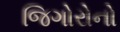
જિગોરોનો